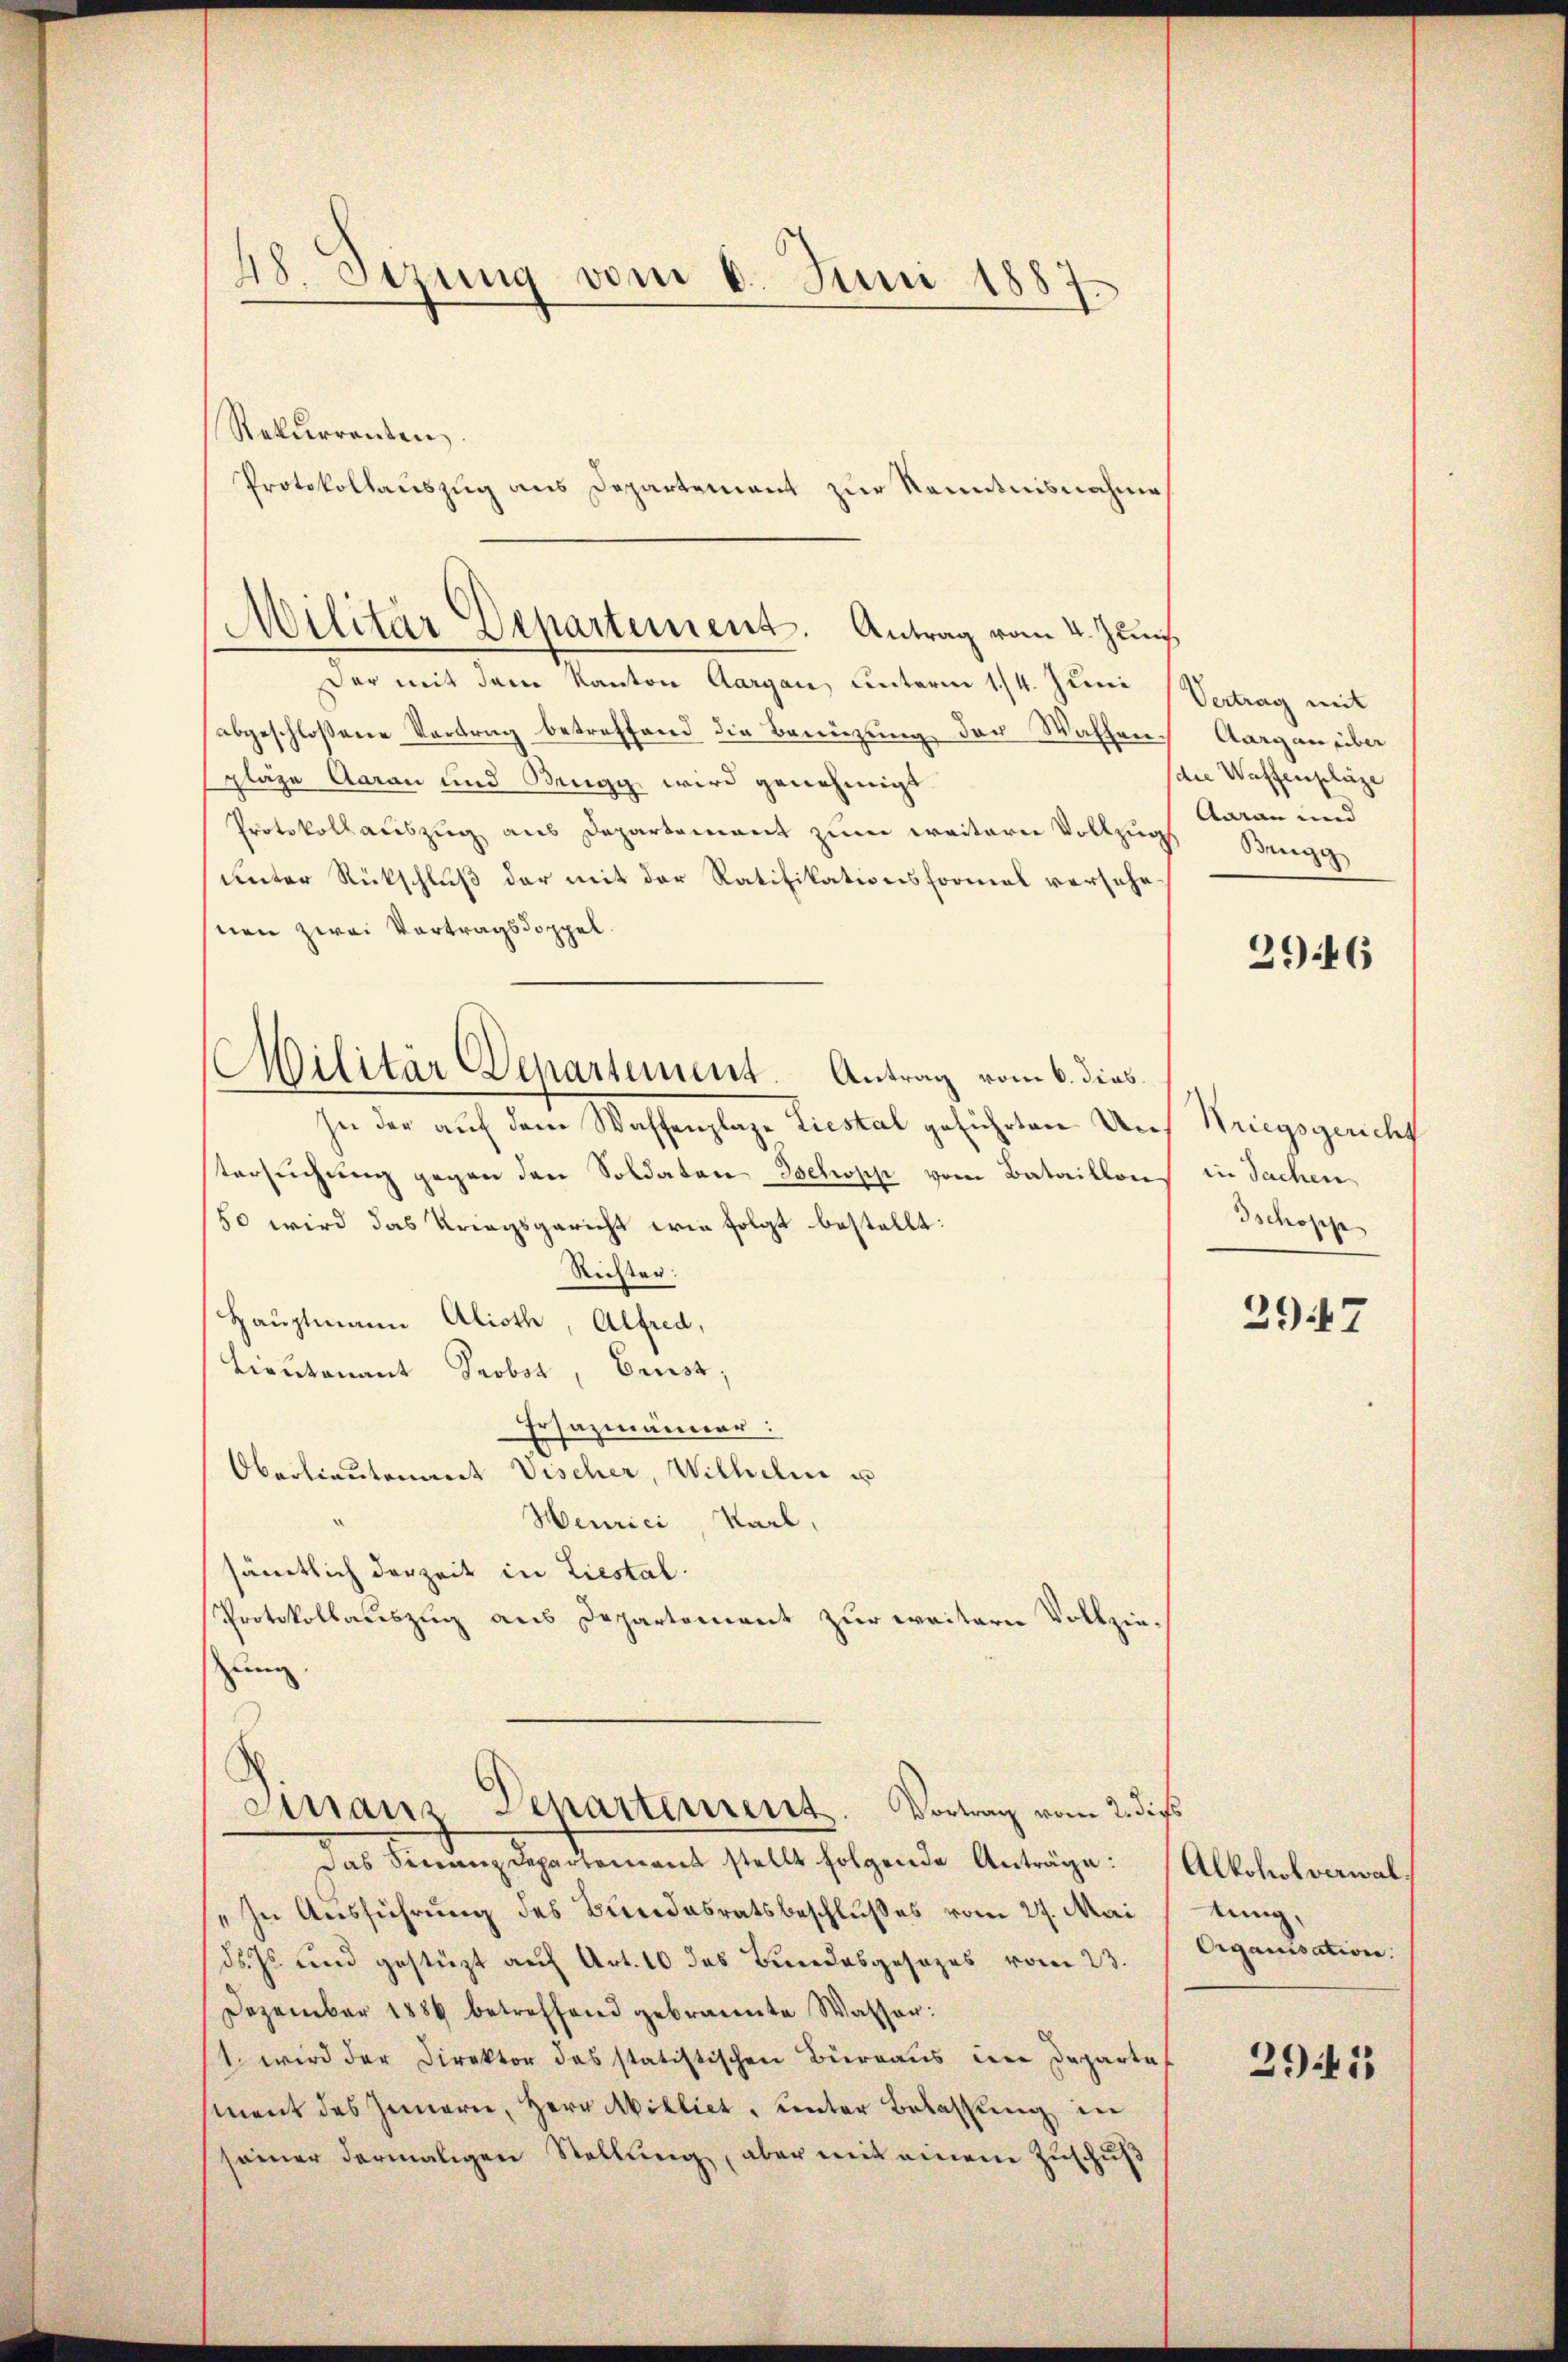
48. Sezung vom 6. Juni 1887

Militär Departement. Antrag vom 4. Juni.

Militär Departement. Antrag vom 6. dies

Rekurrenten.
Protokollauszug aus Departement zur Kenntnisnahme
Der mit dem Kanton Aargau, unterm 1/4. Juni
abgeschloßene Vortrag betreffend die Benützung der Waffen.
plaze Aarau und Brugg wird genehmigt.
Protokollauszug aus Departement zum weitern Vollzugs
unter Rückschluß der mit der Ratifikationsformal versehe
nen zwei Vortragsdoppel.
In der auf dem Waffenplaze Liestal geführten Untersuchung gegen den Soldaten Schopp vom Bataillon
50 wird das Kriegsgericht wie folgt bestellt:
Richter:
Hauptmann Alioth, Alfred,
Lieutenant Probst, Ernst,
Ersazmänner:
Oberlieutenant Vischer, Wilhelm u
Heurici Karl,
sämtlich derzeit in Liestal
Protokollauszug aus Departement zur weitern Vollziezung.

Sinaus Departement. Vortrag vom 2. dies

das Finanzdepartement stellt folgende Anträge:
In Ausführung des Bundesratsbeschlußes vom 27. Mai
ds. Js. und gestüzt auf Art. 10 das Bundesgesezes vom 23.
Dezember 1884 betreffend gebrannte Wassen:
1. wird der Direktor das statistischen Bierraus dere Departes
ment des Innern, Herr Abilliet, unter Belassung in
seiner dermaligen Stellung, aber mit einem Zuschuß

Vertrag mit
Aargau über
die Waffenpläze
Aarau und
Brugg

2946

Kriegsgericht
in Sachen
Ischopp

2947

Alkohol verwaltung,
Organisation.

39.15